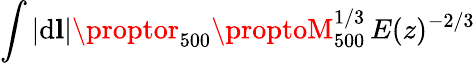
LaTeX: \int|\mathrm{d}\mathbf{{l}}|\proptor_{500}\proptoM_{500}^{1/3}\, E(z)^{-2/3}